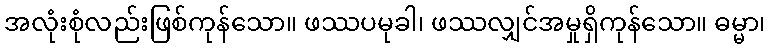
အလုံးစုံလည်းဖြစ်ကုန်သော။ ဖဿပမုခါ၊ ဖဿလျှင်အမှုရှိကုန်သော။ ဓမ္မာ၊